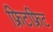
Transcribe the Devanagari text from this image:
फ्रिटफ्रिट